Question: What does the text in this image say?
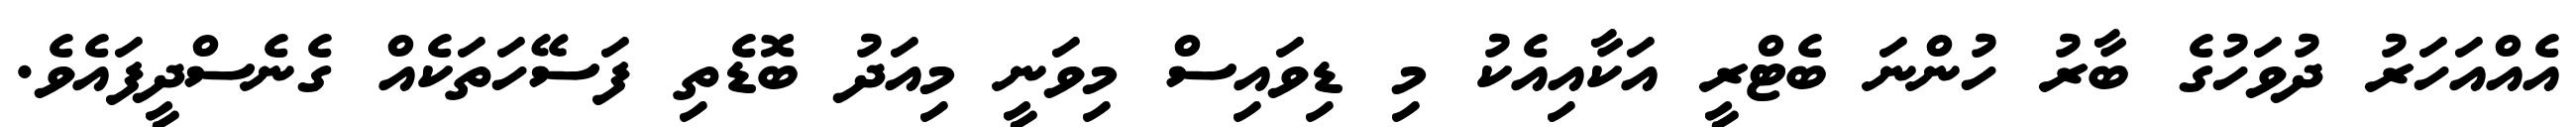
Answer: އެއްއަހަރު ދުވަހުގެ ބާރު ހުންނަ ބެޓްރީ އަކާއިއެކު މި ޑިވައިސް މިވަނީ މިއަދު ބޮޑެތި ފަސޭހަތަކެއް ގެނެސްދީފައެވެ.